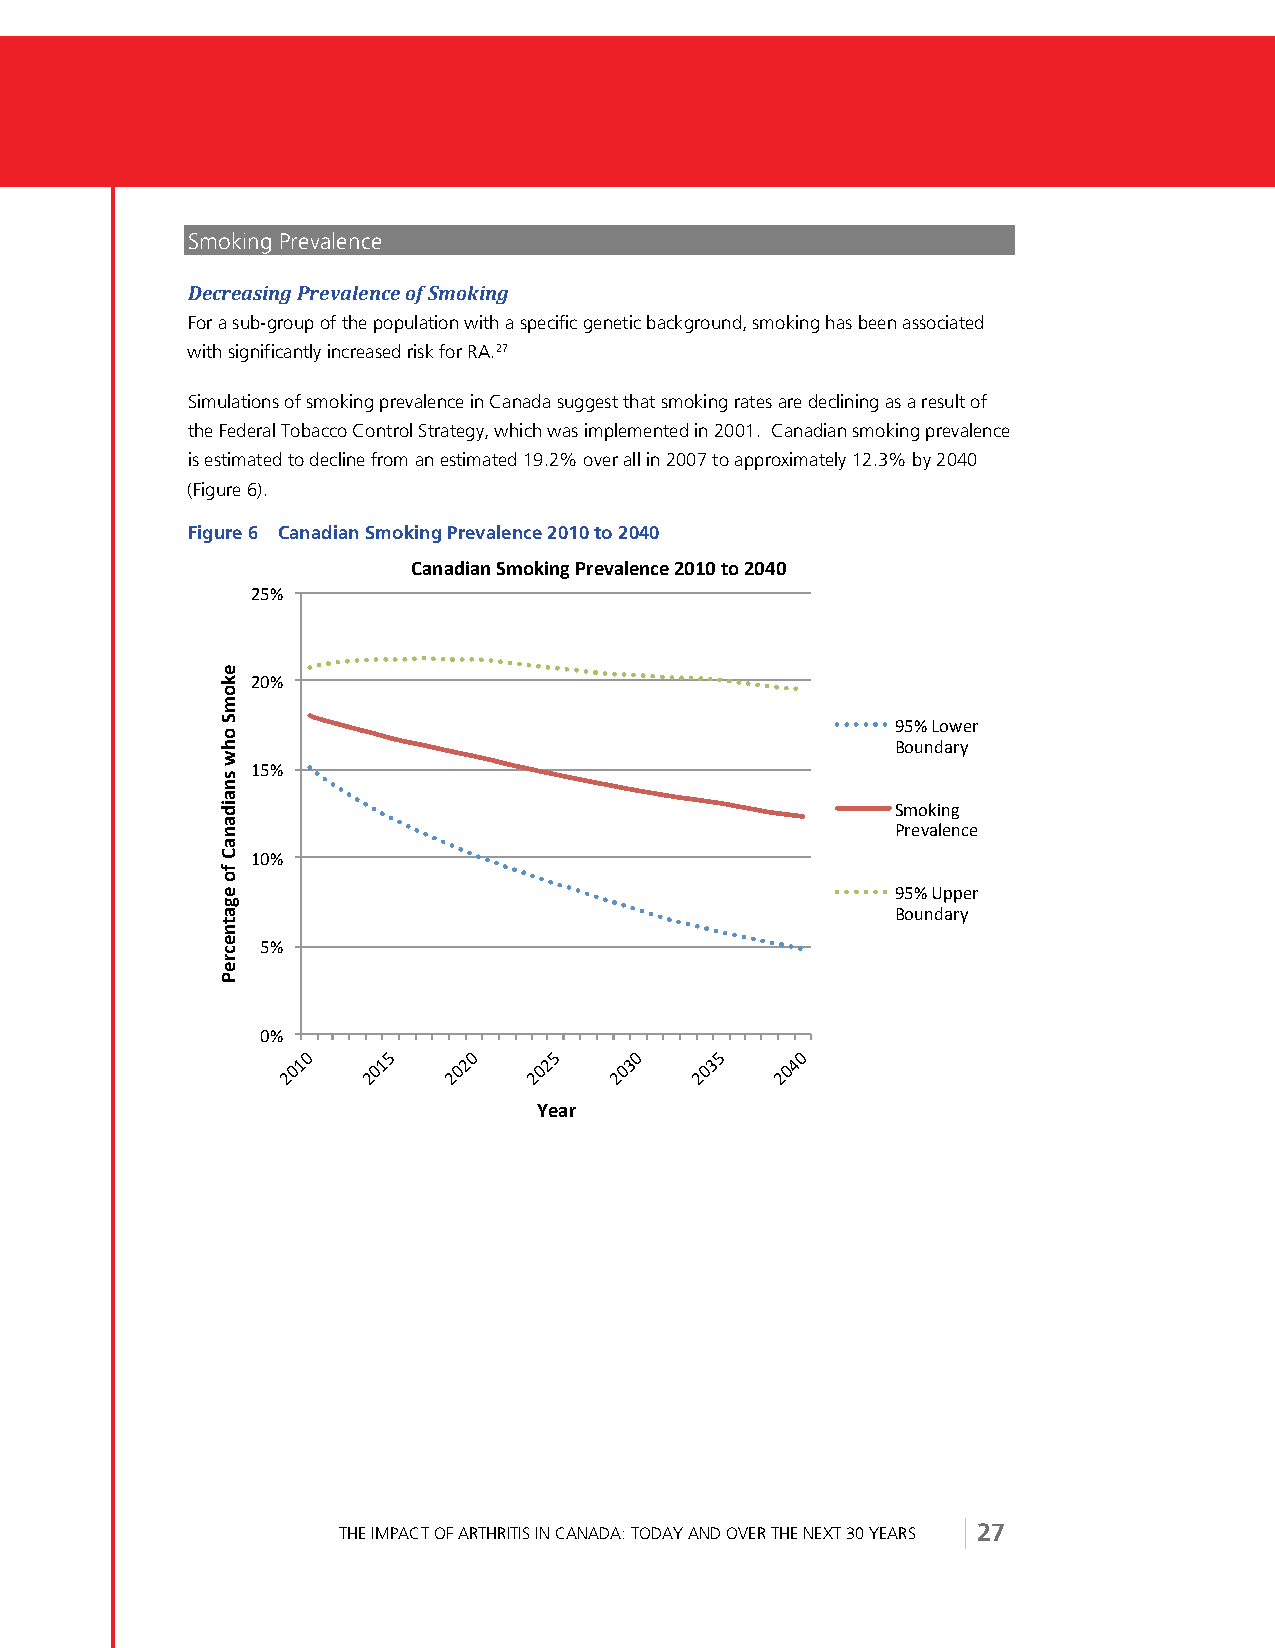
Smoking Prevalence
 !$%#$,*"23'7#$8,9$2%$')4':;)<"23''
 For a sub-group of the population with a specific genetic background, smoking has been associated
 with significantly increased risk for RA.27
 Simulations of smoking prevalence in Canada suggest that smoking rates are declining as a result of
 the Federal Tobacco Control Strategy, which was implemented in 2001. Canadian smoking prevalence
 is estimated to decline from an estimated 19.2% over all in 2007 to approximately 12.3% by 2040
 (Figure 6).
 Figure 6 Canadian Smoking Prevalence 2010 to 2040
 ,'%'-.'%)23*4.%()!#"6'7"%$")89:9)&*)89;9)
 &$"#
 &!"#
 )$"#*+,-.#
 /+0123.4#
 %$"#
 56+7819#
 :.-;3<-1=-#
 %!"#
 )$"#>??-.#
 /+0123.4#
 $"#
 !"#
 !#    $#   !#    $#   !#   $#    !#
 %    %     &    &     '    '    (
 !     !    !     !    !     !    !
 &    &     &    &     &    &     &
 5"'#)
 THE IMPACT OF ARTHRITIS IN CANADA: TODAY AND OVER THE NEXT 30 YEARS 27
 )"4*32)*10)/%'.-'%',)+*)"('&%"$#"!